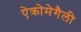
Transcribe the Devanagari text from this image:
ऐक्रोमेगैली